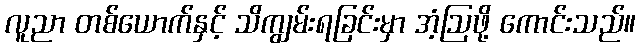
လူညာ တစ်ယောက်နှင့် သိကျွမ်းရခြင်းမှာ အံ့ဩဖို့ ကောင်းသည်။